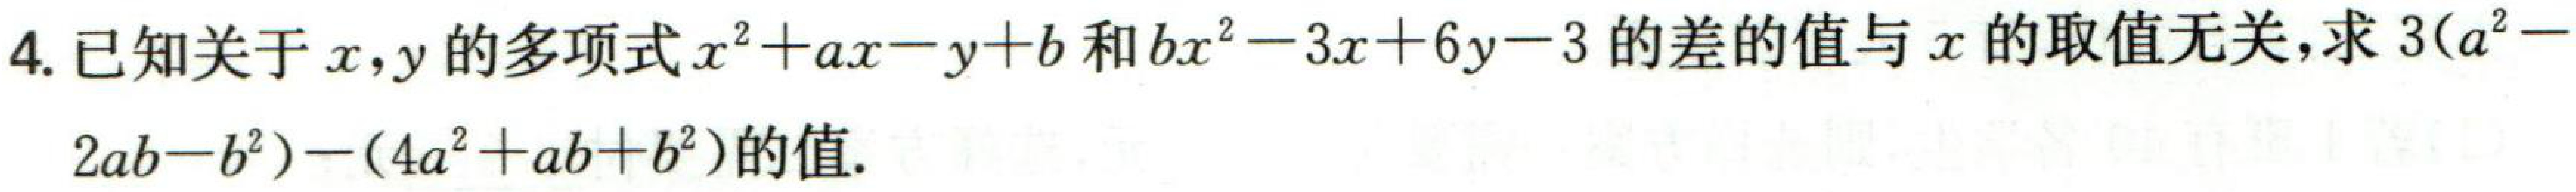
4. 已知关于\(x,y\)的多项式\(x^{2}+ax - y + b\)和\(bx^{2}-3x + 6y - 3\)的差的值与\(x\)的取值无关，求\(3(a^{2}-2ab - b^{2})-(4a^{2}+ab + b^{2})\)的值.